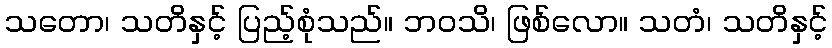
သတော၊ သတိနှင့် ပြည့်စုံသည်။ ဘဝသိ၊ ဖြစ်လော။ သတံ၊ သတိနှင့်